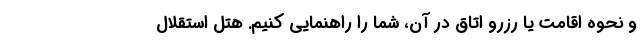
و نحوه اقامت یا رزرو اتاق در آن، شما را راهنمایی کنیم. هتل استقلال